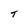
Character: T